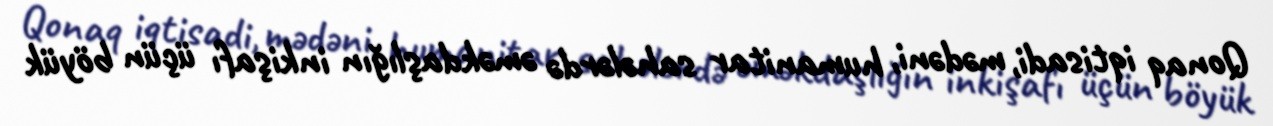
Qonaq iqtisadi, mədəni, humanitar sahələrdə əməkdaşlığın inkişafı üçün böyük